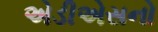
એડીએસનો